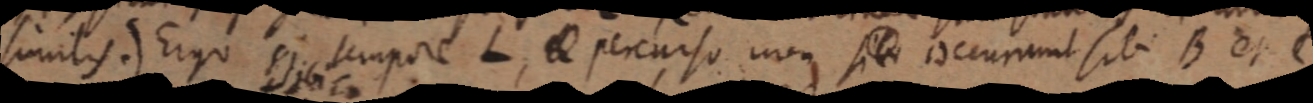
similis.) Ergo si tempore L, _ percurso non sit occurrunt sibi B et C